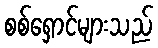
စစ်ရှောင်များသည်